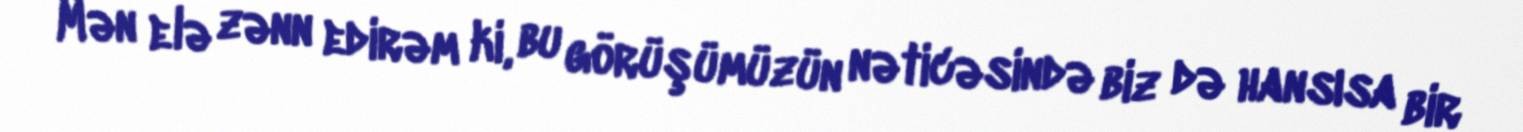
Mən elə zənn edirəm ki, bu görüşümüzün nəticəsində biz də hansısa bir